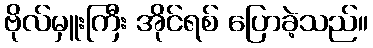
ဗိုလ်မှူးကြီး အိုင်ရစ် ပြောခဲ့သည်။